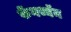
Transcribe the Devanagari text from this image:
फेंगथ्यॅन